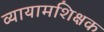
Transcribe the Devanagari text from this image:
व्यायामशिक्षक